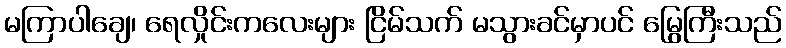
မကြာပါချေ၊ ရေလှိုင်းကလေးများ ငြိမ်သက် မသွားခင်မှာပင် မြွေကြီးသည်